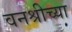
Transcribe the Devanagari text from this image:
वनश्रीच्या